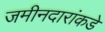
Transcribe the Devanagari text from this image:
जमीनदारांकडे